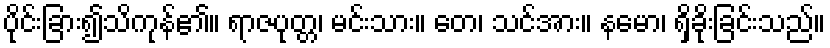
ပိုင်းခြား၍သိကုန်၏။ ရာဇပုတ္တ၊ မင်းသား။ တေ၊ သင်အား။ နမော၊ ရှိခိုးခြင်းသည်။